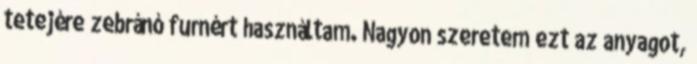
tetejére zebránó furnért használtam. Nagyon szeretem ezt az anyagot,